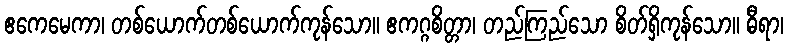
ဧကေမေကာ၊ တစ်ယောက်တစ်ယောက်ကုန်သော။ ဧကဂ္ဂစိတ္တာ၊ တည်ကြည်သော စိတ်ရှိကုန်သော။ ဓီရာ၊